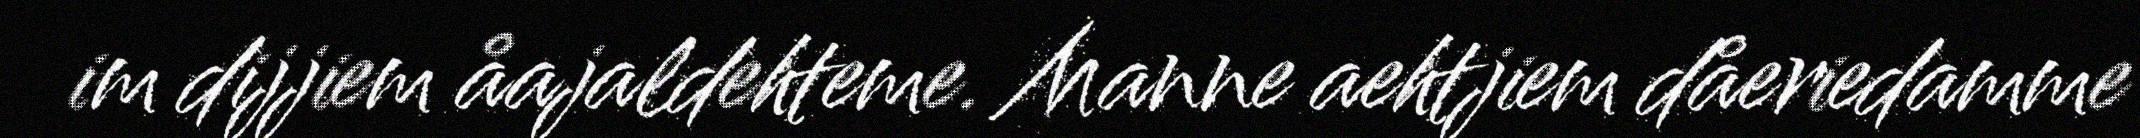
im dijjiem åajaldehteme. Manne aehtjiem dåeriedamme